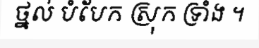
ថ្នល់ បំបែក ស្រុក ទ្រាំង ។